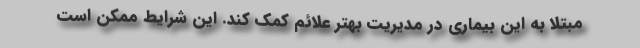
مبتلا به این بیماری در مدیریت بهتر علائم کمک کند. این شرایط ممکن است